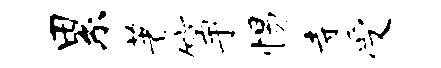
累著筝惕寺受